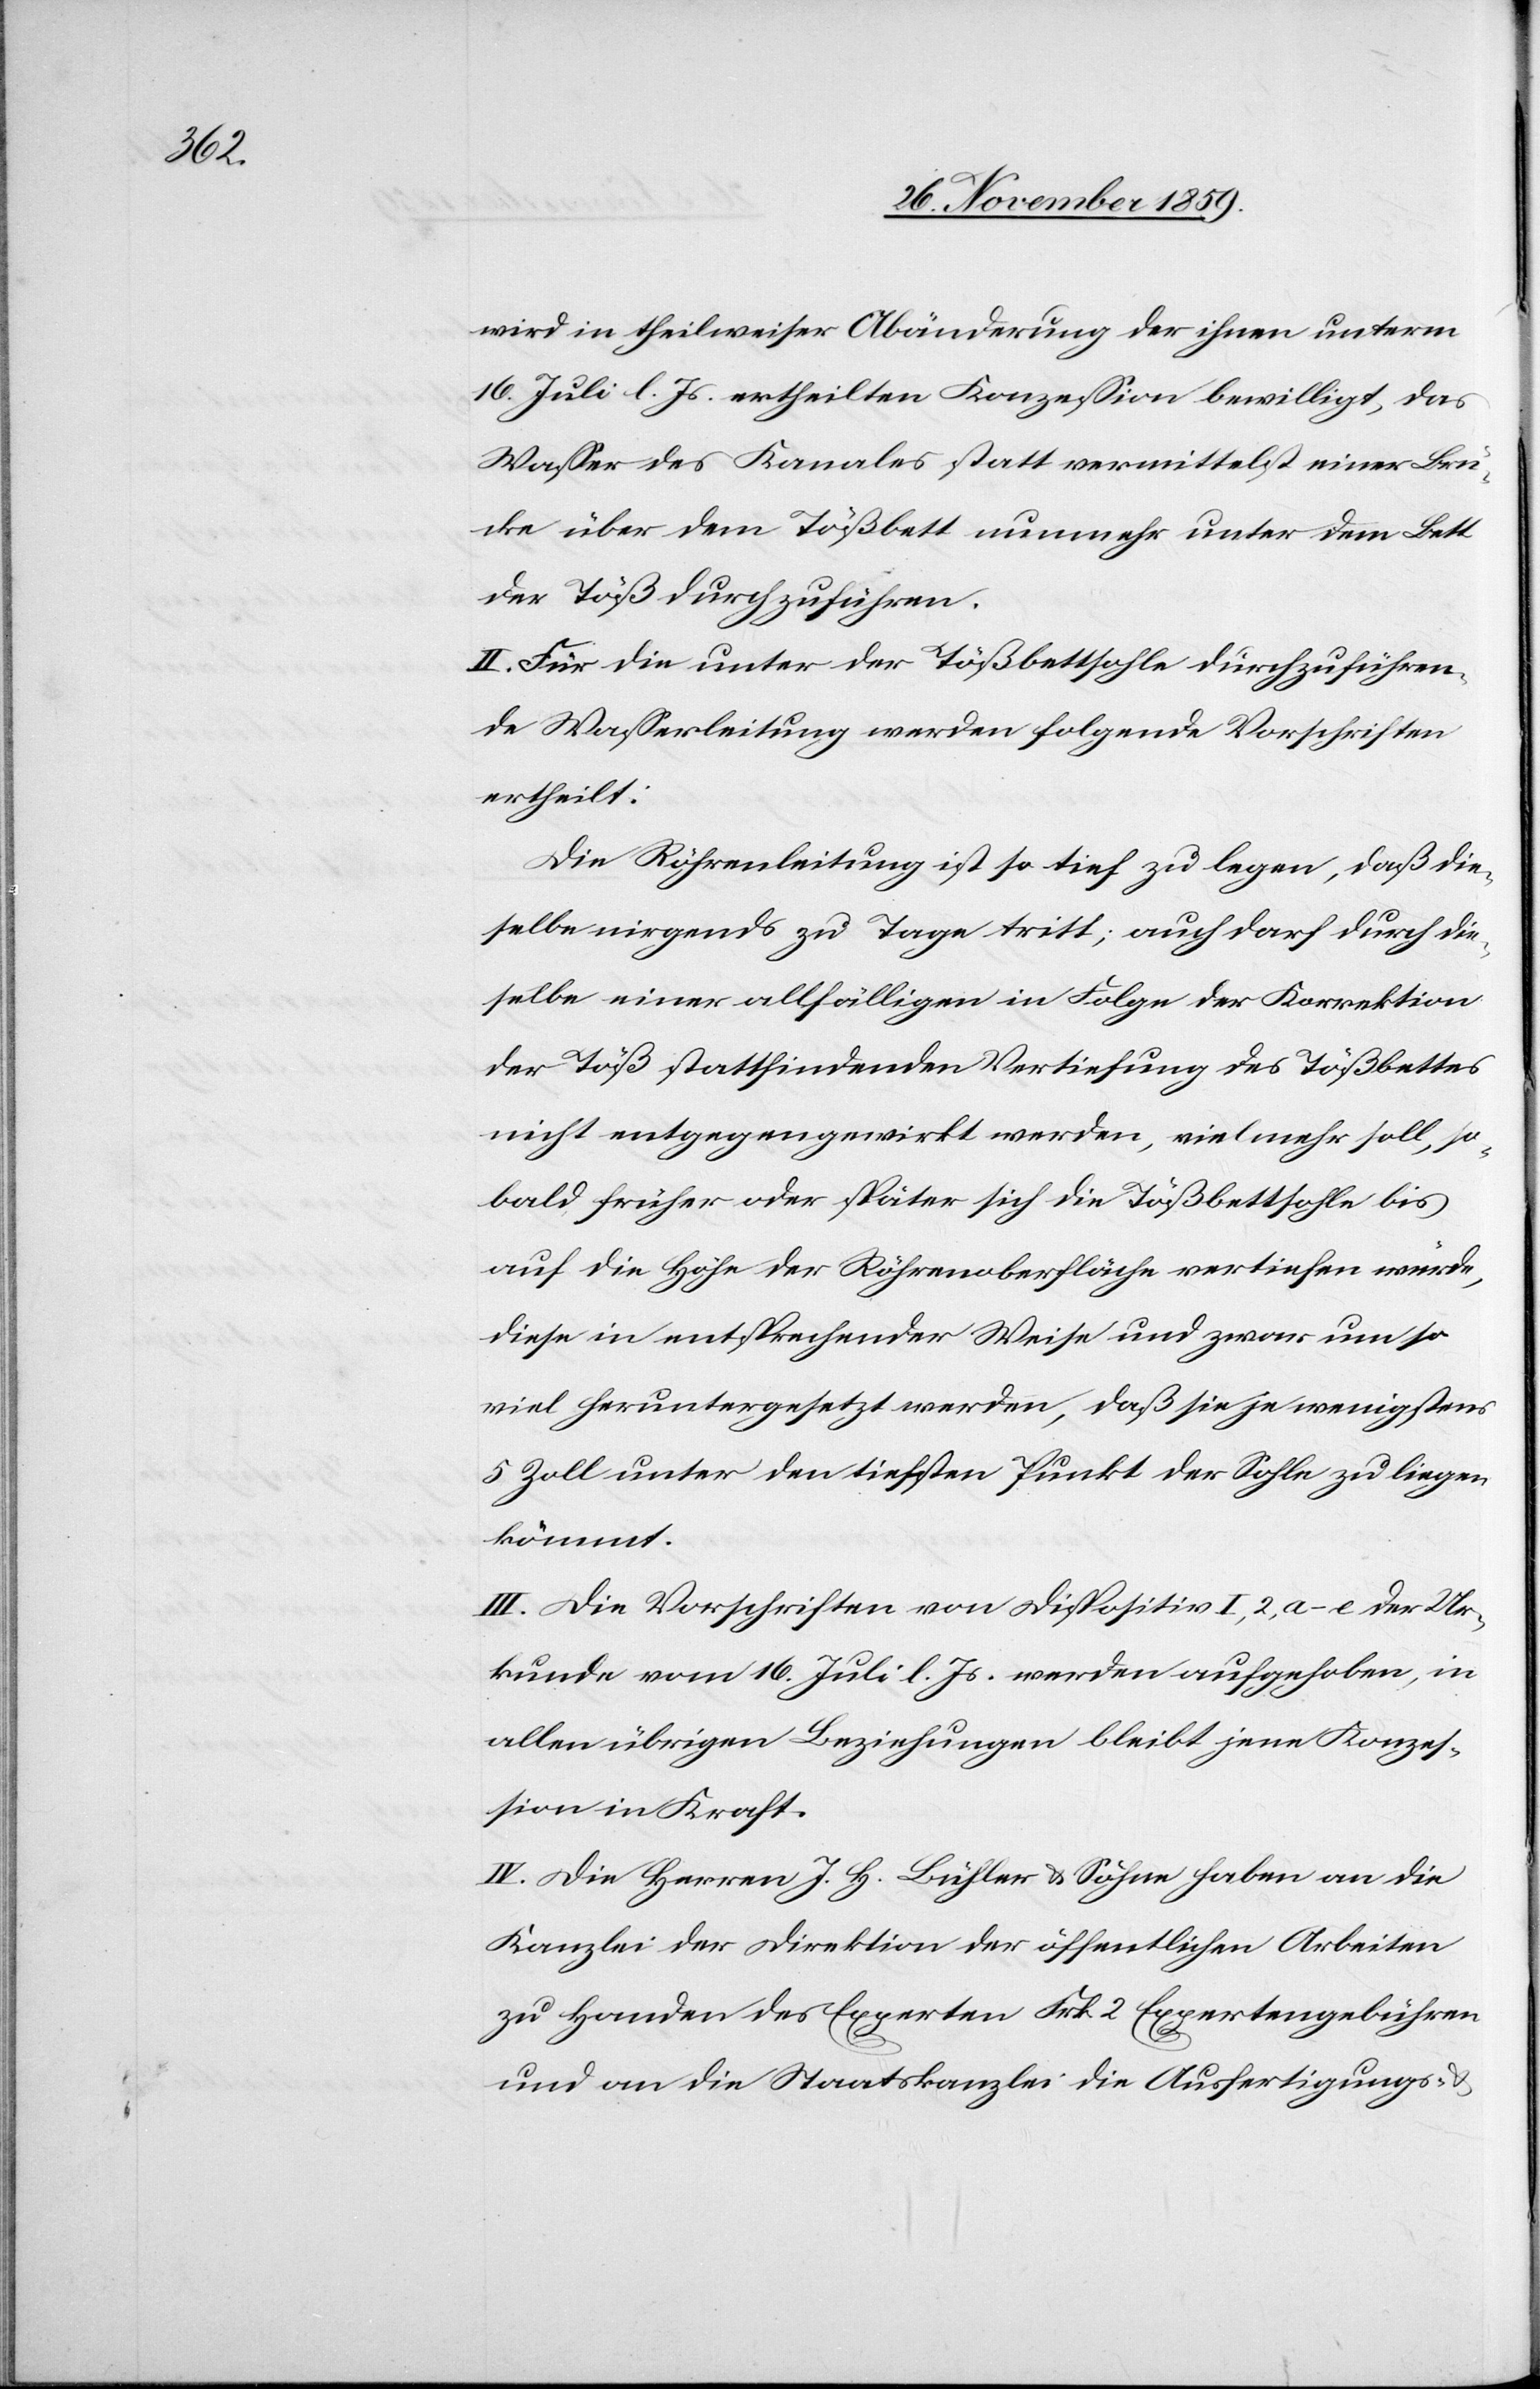
wird in theilweiser Abänderung der ihnen unterm
16. Juli l. Js. ertheilten Konzession bewilligt, das
Wasser des Kanales statt vermittest einer Brü¬
cke über dem Tößbett nunmehr unter dem Bett
der Töß durchzuführen.
II. Für die unter der Tößbettsohle durchzuführen¬
de Wasserleitung werden folgende Vorschriften
ertheilt:
Die Röhrenleitung ist so tief zu legen, daß die¬
selbe nirgends zu Tage tritt; auch darf durch die¬
selbe einer allfälligen in Folge der Korrektion
der Töß stattfindenden Vertiefung des Tößbettes
nicht entgegengewirkt werden, vielmehr soll, so¬
bald früher oder später sich die Tößbettsohle bis
auf die Höhe der Röhrenoberfläche vertiefen würde,
diese in entsprechender Weise und zwar um so
viel heruntergesetzt werden, daß sie je wenigstens
5 Zoll unter den tiefsten Punkt der Sohle zu liegen
kömmt.
III. Die Vorschriften von Dispositiv I, 2, a–e der Ur¬
kunde vom 16. Juli l. Js. werden aufgehoben, in
allen übrigen Beziehungen bleibt jene Konzes¬
sion in Kraft.
IV. Die Herren J. H. Bühler & Söhne haben an die
Kanzlei der Direktion der öffentlichen Arbeiten
zu Handen des Experten Frk. 2 Expertengebühren
und an die Staatskanzlei die Ausfertigungs-